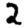
Digit: 2